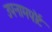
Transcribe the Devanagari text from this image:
उपनामपोर्ट